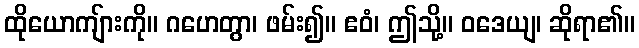
ထိုယောကျ်ားကို။ ဂဟေတွာ၊ ဖမ်း၍။ ဧဝံ၊ ဤသို့။ ဝဒေယျ၊ ဆိုရာ၏။